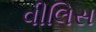
વીલિસ